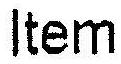
ITEM